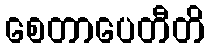
စေတာပေတီတိ